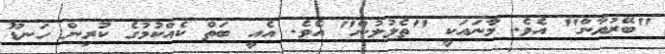
"ބޭރުޔާން" އެވެ. މާނައަކީ "ތެލުލުން" އެވެ. އެއީ ބަތް ކެއްކުމުގެ ކުރިން ހަނޑޫ